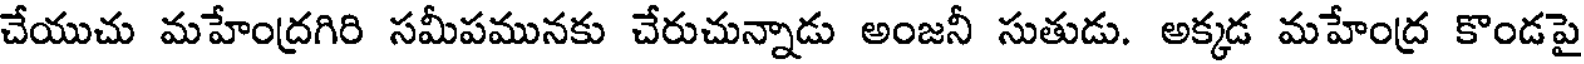
చేయుచు మహేంద్రగిరి సమీపమునకు చేరుచున్నాడు అంజనీ సుతుడు. అక్కడ మహేంద్ర కొండపై